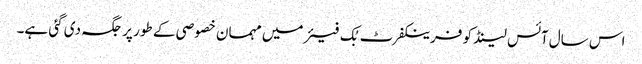
اس سال آئس لینڈ کو فرینکفرٹ بُک فیئر میں مہمان خصوصی کے طور پر جگہ دی گئی ہے۔